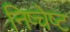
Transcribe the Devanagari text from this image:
निष्चेष्ट